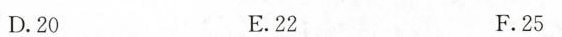
D.20 E.22 F.25